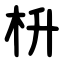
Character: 枡